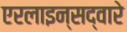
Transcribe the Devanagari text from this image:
एरलाइन्सद्वारे